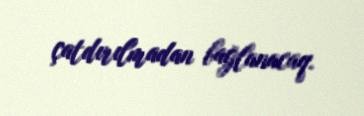
çatdırılmadan bağlanacaq.